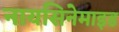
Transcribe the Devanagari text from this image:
नायसिनेमाइड